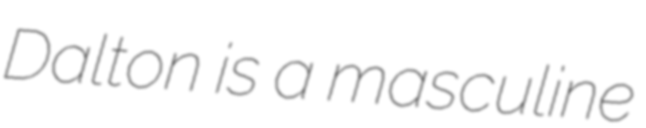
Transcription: Dalton is a masculine